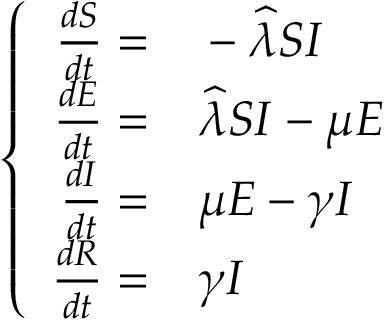
\left\{ \begin{array} { r l } { \frac { d S } { d t } = } & { { } - \widehat { \lambda } S I } \\ { \frac { d E } { d t } = } & { { } \widehat { \lambda } S I - \mu E } \\ { \frac { d I } { d t } = } & { { } \mu E - \gamma I } \\ { \frac { d R } { d t } = } & { { } \gamma I } \end{array} \right.